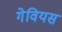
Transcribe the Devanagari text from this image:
गेवियस